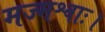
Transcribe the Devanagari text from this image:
मज्मश्वाः।